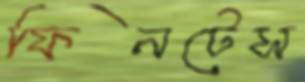
ফিনটেস